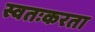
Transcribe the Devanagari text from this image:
स्वतःकरता